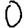
Digit: 0